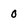
Character: 0